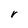
Character: r